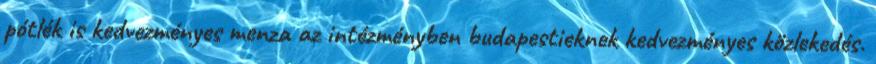
pótlék is kedvezményes menza az intézményben budapestieknek kedvezményes közlekedés.